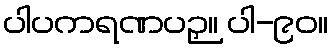
ပါပကရဏပဉှ။ ပါ-၉၀။